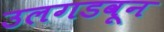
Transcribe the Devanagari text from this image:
उलगडवून